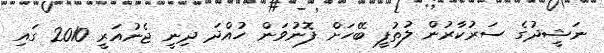
ނަޝީދުގެ ސަރުކާރުން ލުތުފީ ބޭހަށް ފޮނުވަން ހުއްދަ ދިނީ ޖެނުއަރީ 2010 ގައި